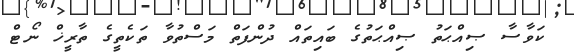
ކަވާސާ ޞިއްޙަތު ޞިއްޙަތުގެ ބައިތައް ދުންފަތް މަސްތުވާ ތަކެތީގެ ތާރީޚް ނޯޓް